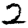
Digit: 2